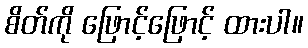
စိတ်ကို ဖြောင့်ဖြောင့် ထားပါ။